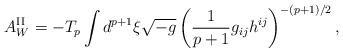
LaTeX: \begin{align*}A^{{\rm II}}_{W}=-T_{p}\int d^{p+1}{\xi}\sqrt{-g}\left(\frac{1}{p+1}g_{ij}h^{ij}\right)^{-(p+1)/2},\end{align*}